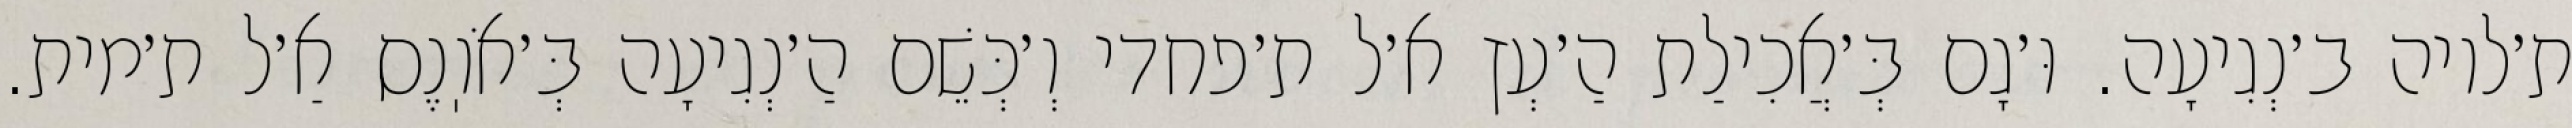
ת׳לויה ב׳נְגִיעָה. וּ׳גָם בְּ׳אֲכִילַת הַ׳עְץ א׳ל ת׳פחדי וְ׳כְּשֵׁם הַ׳נְגִיעָה בְּ׳אֹוֽנֶס אַ׳ל ת׳מית.